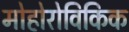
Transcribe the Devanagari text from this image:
मोहोरोविकिक